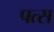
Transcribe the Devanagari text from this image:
पत्स